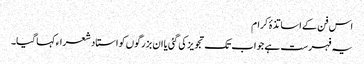
اس فن کے اساتذۂ کرام
یہ فہرست ہے جو اب تک تجویز کی گئی یا ان بزرگوں کو استاد شعراء کہا گیا۔